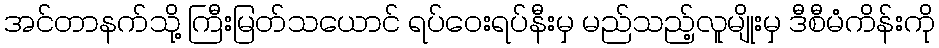
အင်တာနက်သို့ ကြီးမြတ်သယောင် ရပ်ဝေးရပ်နီးမှ မည်သည့်လူမျိုးမှ ဒီစီမံကိန်းကို